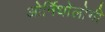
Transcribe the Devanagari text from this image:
ओर्निथोलोगी